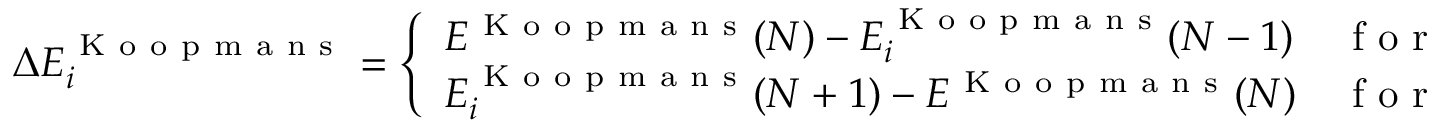
\Delta E _ { i } ^ { \mathrm { ~ K ~ o ~ o ~ p ~ m ~ a ~ n ~ s ~ } } = \left\{ \begin{array} { l l } { E ^ { \mathrm { ~ K ~ o ~ o ~ p ~ m ~ a ~ n ~ s ~ } } ( N ) - E _ { i } ^ { \mathrm { ~ K ~ o ~ o ~ p ~ m ~ a ~ n ~ s ~ } } ( N - 1 ) } & { \mathrm { ~ f ~ o ~ r ~ o ~ c ~ c ~ u ~ p ~ i ~ e ~ d ~ o ~ r ~ b ~ i ~ t ~ a ~ l ~ s ~ } } \\ { E _ { i } ^ { \mathrm { ~ K ~ o ~ o ~ p ~ m ~ a ~ n ~ s ~ } } ( N + 1 ) - E ^ { \mathrm { ~ K ~ o ~ o ~ p ~ m ~ a ~ n ~ s ~ } } ( N ) } & { \mathrm { ~ f ~ o ~ r ~ e ~ m ~ p ~ t ~ y ~ o ~ r ~ b ~ i ~ t ~ a ~ l ~ s ~ } } \end{array} \right.